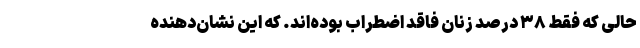
حالی که فقط ۳۸ درصد زنان فاقد اضطراب بوده‌اند. که این نشان‌دهنده